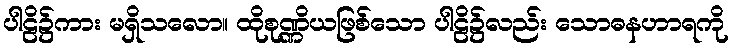
ပါဠိ၌ကား မရှိသလော။ ထိုစုဏ္ဏိယဖြစ်သော ပါဠိ၌လည်း သောဓနဟာရကို